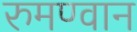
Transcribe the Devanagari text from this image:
रुमण्वान